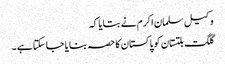
وکیل سلمان اکرم نے بتایا کہ
گلگت بلتستان کو پاکستان کا حصہ بنایا جا سکتا ہے ۔